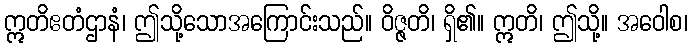
ဣတိဧတံဌာနံ၊ ဤသို့သောအကြောင်းသည်။ ဝိဇ္ဇတိ၊ ရှိ၏။ ဣတိ၊ ဤသို့။ အဝေါစ၊